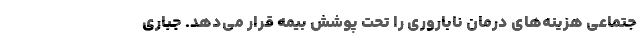
جتماعی هزینه‌های درمان ناباروری را تحت پوشش بیمه قرار می‌دهد. جباری